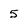
Character: 5